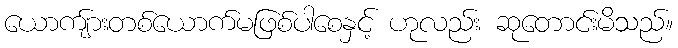
ယောကျ်ားတစ်ယောက်မဖြစ်ပါစေနှင့် ဟုလည်း ဆုတောင်းမိသည်။